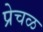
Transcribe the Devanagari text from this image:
प्रेचळ